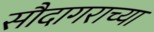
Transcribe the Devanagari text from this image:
सौदागराच्या